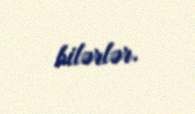
bilərlər.